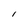
Character: I